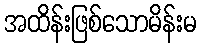
အထိန်းဖြစ်သောမိန်းမ